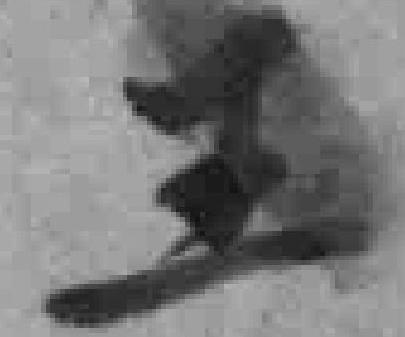
王